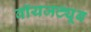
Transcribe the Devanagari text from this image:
वॉयजट्यूब